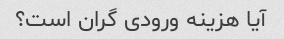
آیا هزینه ورودی گران است؟